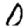
Digit: 0